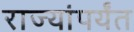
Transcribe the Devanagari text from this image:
राज्यांपर्यंत